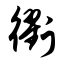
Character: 衢